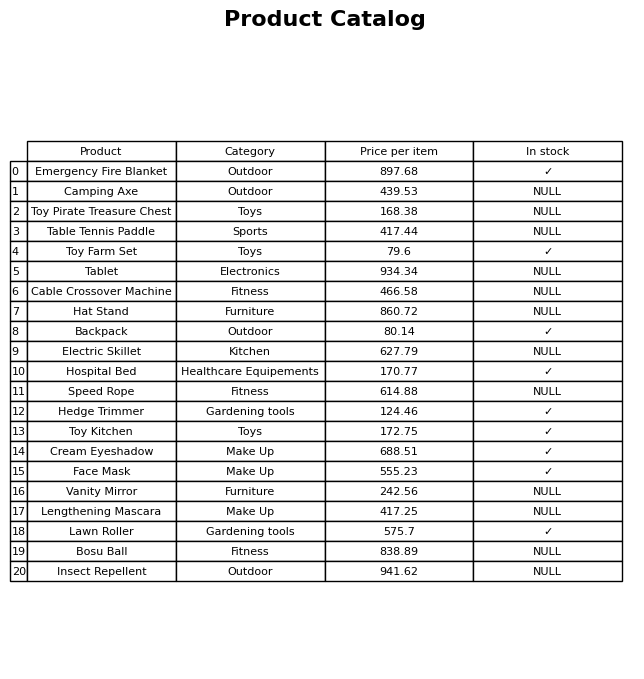
question: What is the price for Tablet?
answer: The price of Tablet is 934.34.